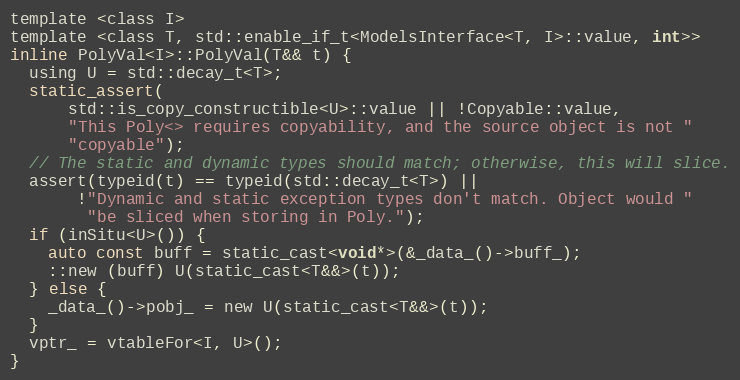
Language: C
template <class I>
template <class T, std::enable_if_t<ModelsInterface<T, I>::value, int>>
inline PolyVal<I>::PolyVal(T&& t) {
  using U = std::decay_t<T>;
  static_assert(
      std::is_copy_constructible<U>::value || !Copyable::value,
      "This Poly<> requires copyability, and the source object is not "
      "copyable");
  // The static and dynamic types should match; otherwise, this will slice.
  assert(typeid(t) == typeid(std::decay_t<T>) ||
       !"Dynamic and static exception types don't match. Object would "
        "be sliced when storing in Poly.");
  if (inSitu<U>()) {
    auto const buff = static_cast<void*>(&_data_()->buff_);
    ::new (buff) U(static_cast<T&&>(t));
  } else {
    _data_()->pobj_ = new U(static_cast<T&&>(t));
  }
  vptr_ = vtableFor<I, U>();
}